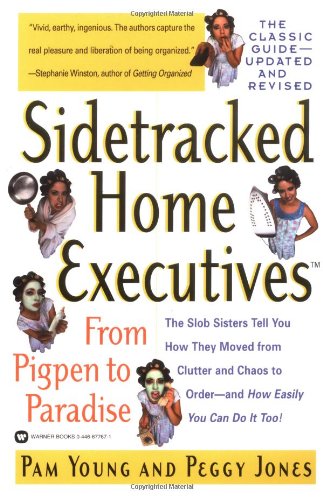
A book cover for Sidetracked Home Executives(TM): From Pigpen to Paradise; Pam Young; Business & Money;